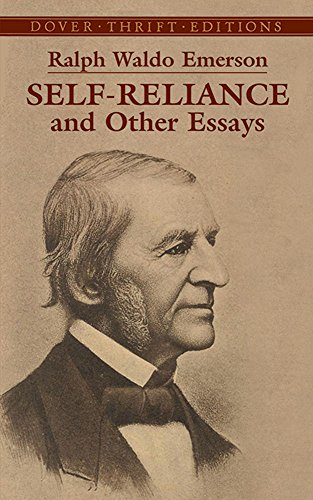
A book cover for Self-Reliance and Other Essays (Dover Thrift Editions); Ralph Waldo Emerson; Literature & Fiction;